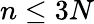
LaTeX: n\leq 3N